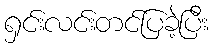
ရှင်းလင်းတင်ပြခဲ့ပြီး